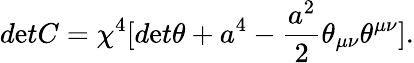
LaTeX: d\mathrm{e}tC={\chi}^{4}[d\mathrm{e}t{\theta}+a^{4}-\frac{{a^{2}}}{{2}}{\theta}_{{\mu}{\nu}}{\theta}^{{\mu}{\nu}}].